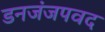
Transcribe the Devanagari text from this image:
डनजंजपवद